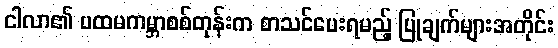
ငါလာ၏ ပထမကမ္ဘာစစ်တုန်းက စာသင်ပေးရမည့် ပြုချက်များအတိုင်း